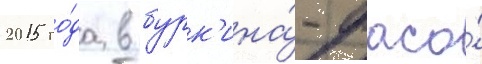
2015 го́да в бурк'ина́-фасо́